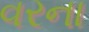
વરના